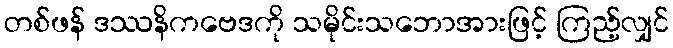
တစ်ဖန် ဒဿနိကဗေဒကို သမိုင်းသဘောအားဖြင့် ကြည့်လျှင်